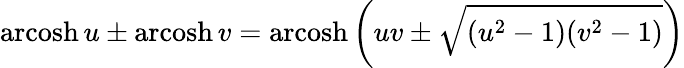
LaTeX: \operatorname{arcosh}u\pm\operatorname{arcosh}v=\operatorname{arcosh}\left(uv\pm{\sqrt{(u^{2}-1)(v^{2}-1)}}\right)